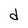
Character: d